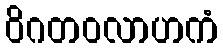
ဝိဂတဝလာဟကံ